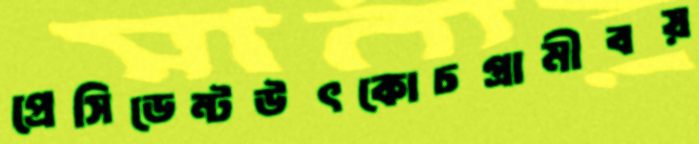
প্রেসিডেন্টউৎকোচগ্রামীবয়